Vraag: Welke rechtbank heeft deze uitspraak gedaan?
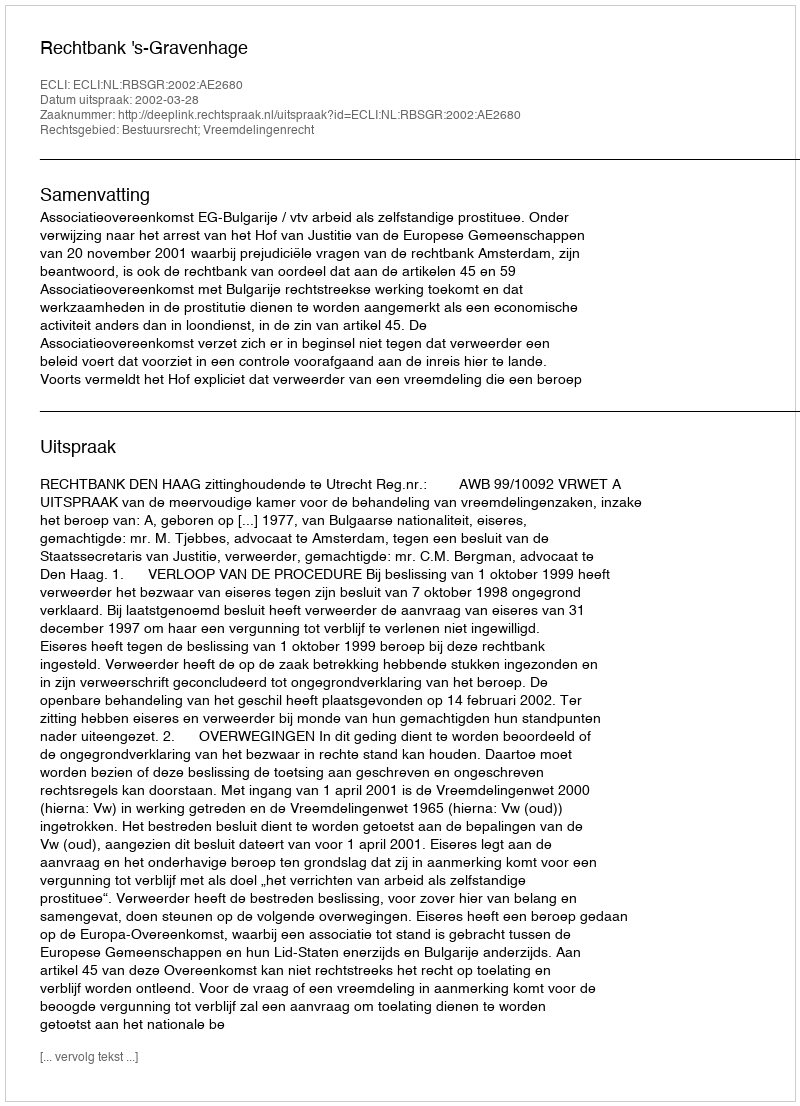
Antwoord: Rechtbank 's-Gravenhage